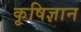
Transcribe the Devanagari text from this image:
कृषिज्ञान